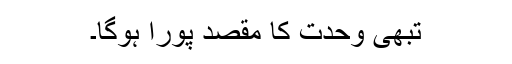
تبھی وحدت کا مقصد پورا ہوگا۔